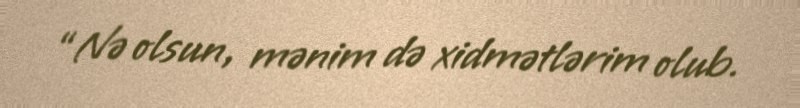
“Nə olsun, mənim də xidmətlərim olub.